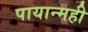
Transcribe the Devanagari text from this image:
पायान्मही